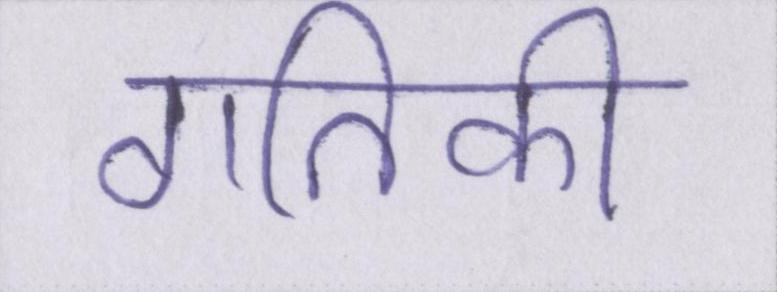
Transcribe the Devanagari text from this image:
गतिकी